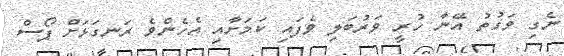
ނެގި ވަގުތު އޭނާ ހުރީ ވަރުބަލި ވެފައި ކަމަށާއި އެހެންވެ ރަނގަޅަށް ޕޯސް